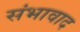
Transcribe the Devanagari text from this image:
संभावाद